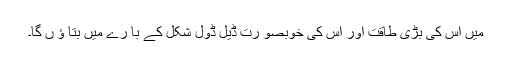
میں اس کی بڑی طاقت اور اس کی خوبصو رت ڈیل ڈول شکل کے با رے میں بتا ؤ ں گا۔